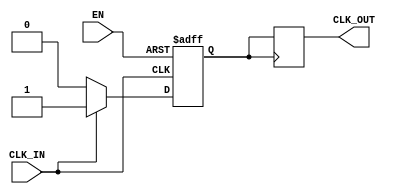
module ClockBuffer (
    input wire CLK_IN,      // Input clock signal
    input wire EN,         // Enable signal
    output reg CLK_OUT      // Buffered clock output
);

    // Parameters for propagation delay, rise and fall times
    parameter PROP_DELAY_MIN = 1;  // Minimum propagation delay in ns
    parameter PROP_DELAY_MAX = 2;  // Maximum propagation delay in ns
    parameter RISE_TIME = 1;        // Rise time in ns
    parameter FALL_TIME = 1;        // Fall time in ns

    // Internal signal for clock output
    reg CLK_OUT_int;

    // Hysteresis (optional) implementation can be added here if needed

    // Buffering logic with enable functionality
    always @(posedge CLK_IN or negedge EN) begin
        if (!EN) begin
            // When disabled, drive output to known idle state (0)
            CLK_OUT_int <= 1'b0;
        end else begin
            // Propagate the clock signal with specified delays
            #PROP_DELAY_MIN CLK_OUT_int <= CLK_IN;
            #RISE_TIME if (CLK_IN) CLK_OUT_int <= 1'b1;
            #FALL_TIME if (!CLK_IN) CLK_OUT_int <= 1'b0;
        end
    end

    // Assign the internal buffered clock to the output
    always @(posedge CLK_OUT_int) begin
        CLK_OUT <= CLK_OUT_int;
    end

endmodule